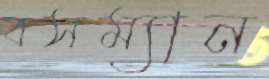
বসম্যান